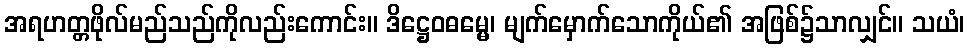
အရဟတ္တဖိုလ်မည်သည်ကိုလည်းကောင်း။ ဒိဋ္ဌေဝဓမ္မေ၊ မျက်မှောက်သောကိုယ်၏ အဖြစ်၌သာလျှင်။ သယံ၊